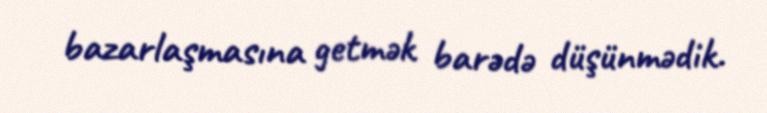
bazarlaşmasına getmək barədə düşünmədik.